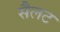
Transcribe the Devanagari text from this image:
सैलट